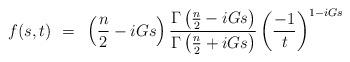
LaTeX: \begin{align*}f(s,t)~=~ \left( \frac{n}{2} - iGs \right) \frac{ \Gamma\left(\frac{n}{2} - iGs\right)}{\Gamma \left( \frac{n}{2} + iGs\right)} \left( \frac{-1}{t}\right)^{1-iGs}\end{align*}